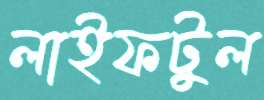
লাইফটুল